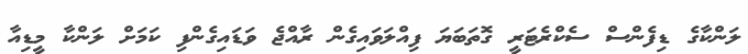
ލަންކާގެ ޑިފެންސް ސެކްރެޓަރީ ގޮތަބަޔަ ފިއްލަވައިގެން ރާއްޖެ ވަޑައިގެންފި ކަމަށް ލަންކާ މީޑިއާ